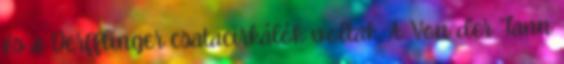
és a Derfflinger csatacirkálók voltak. A Von der Tann